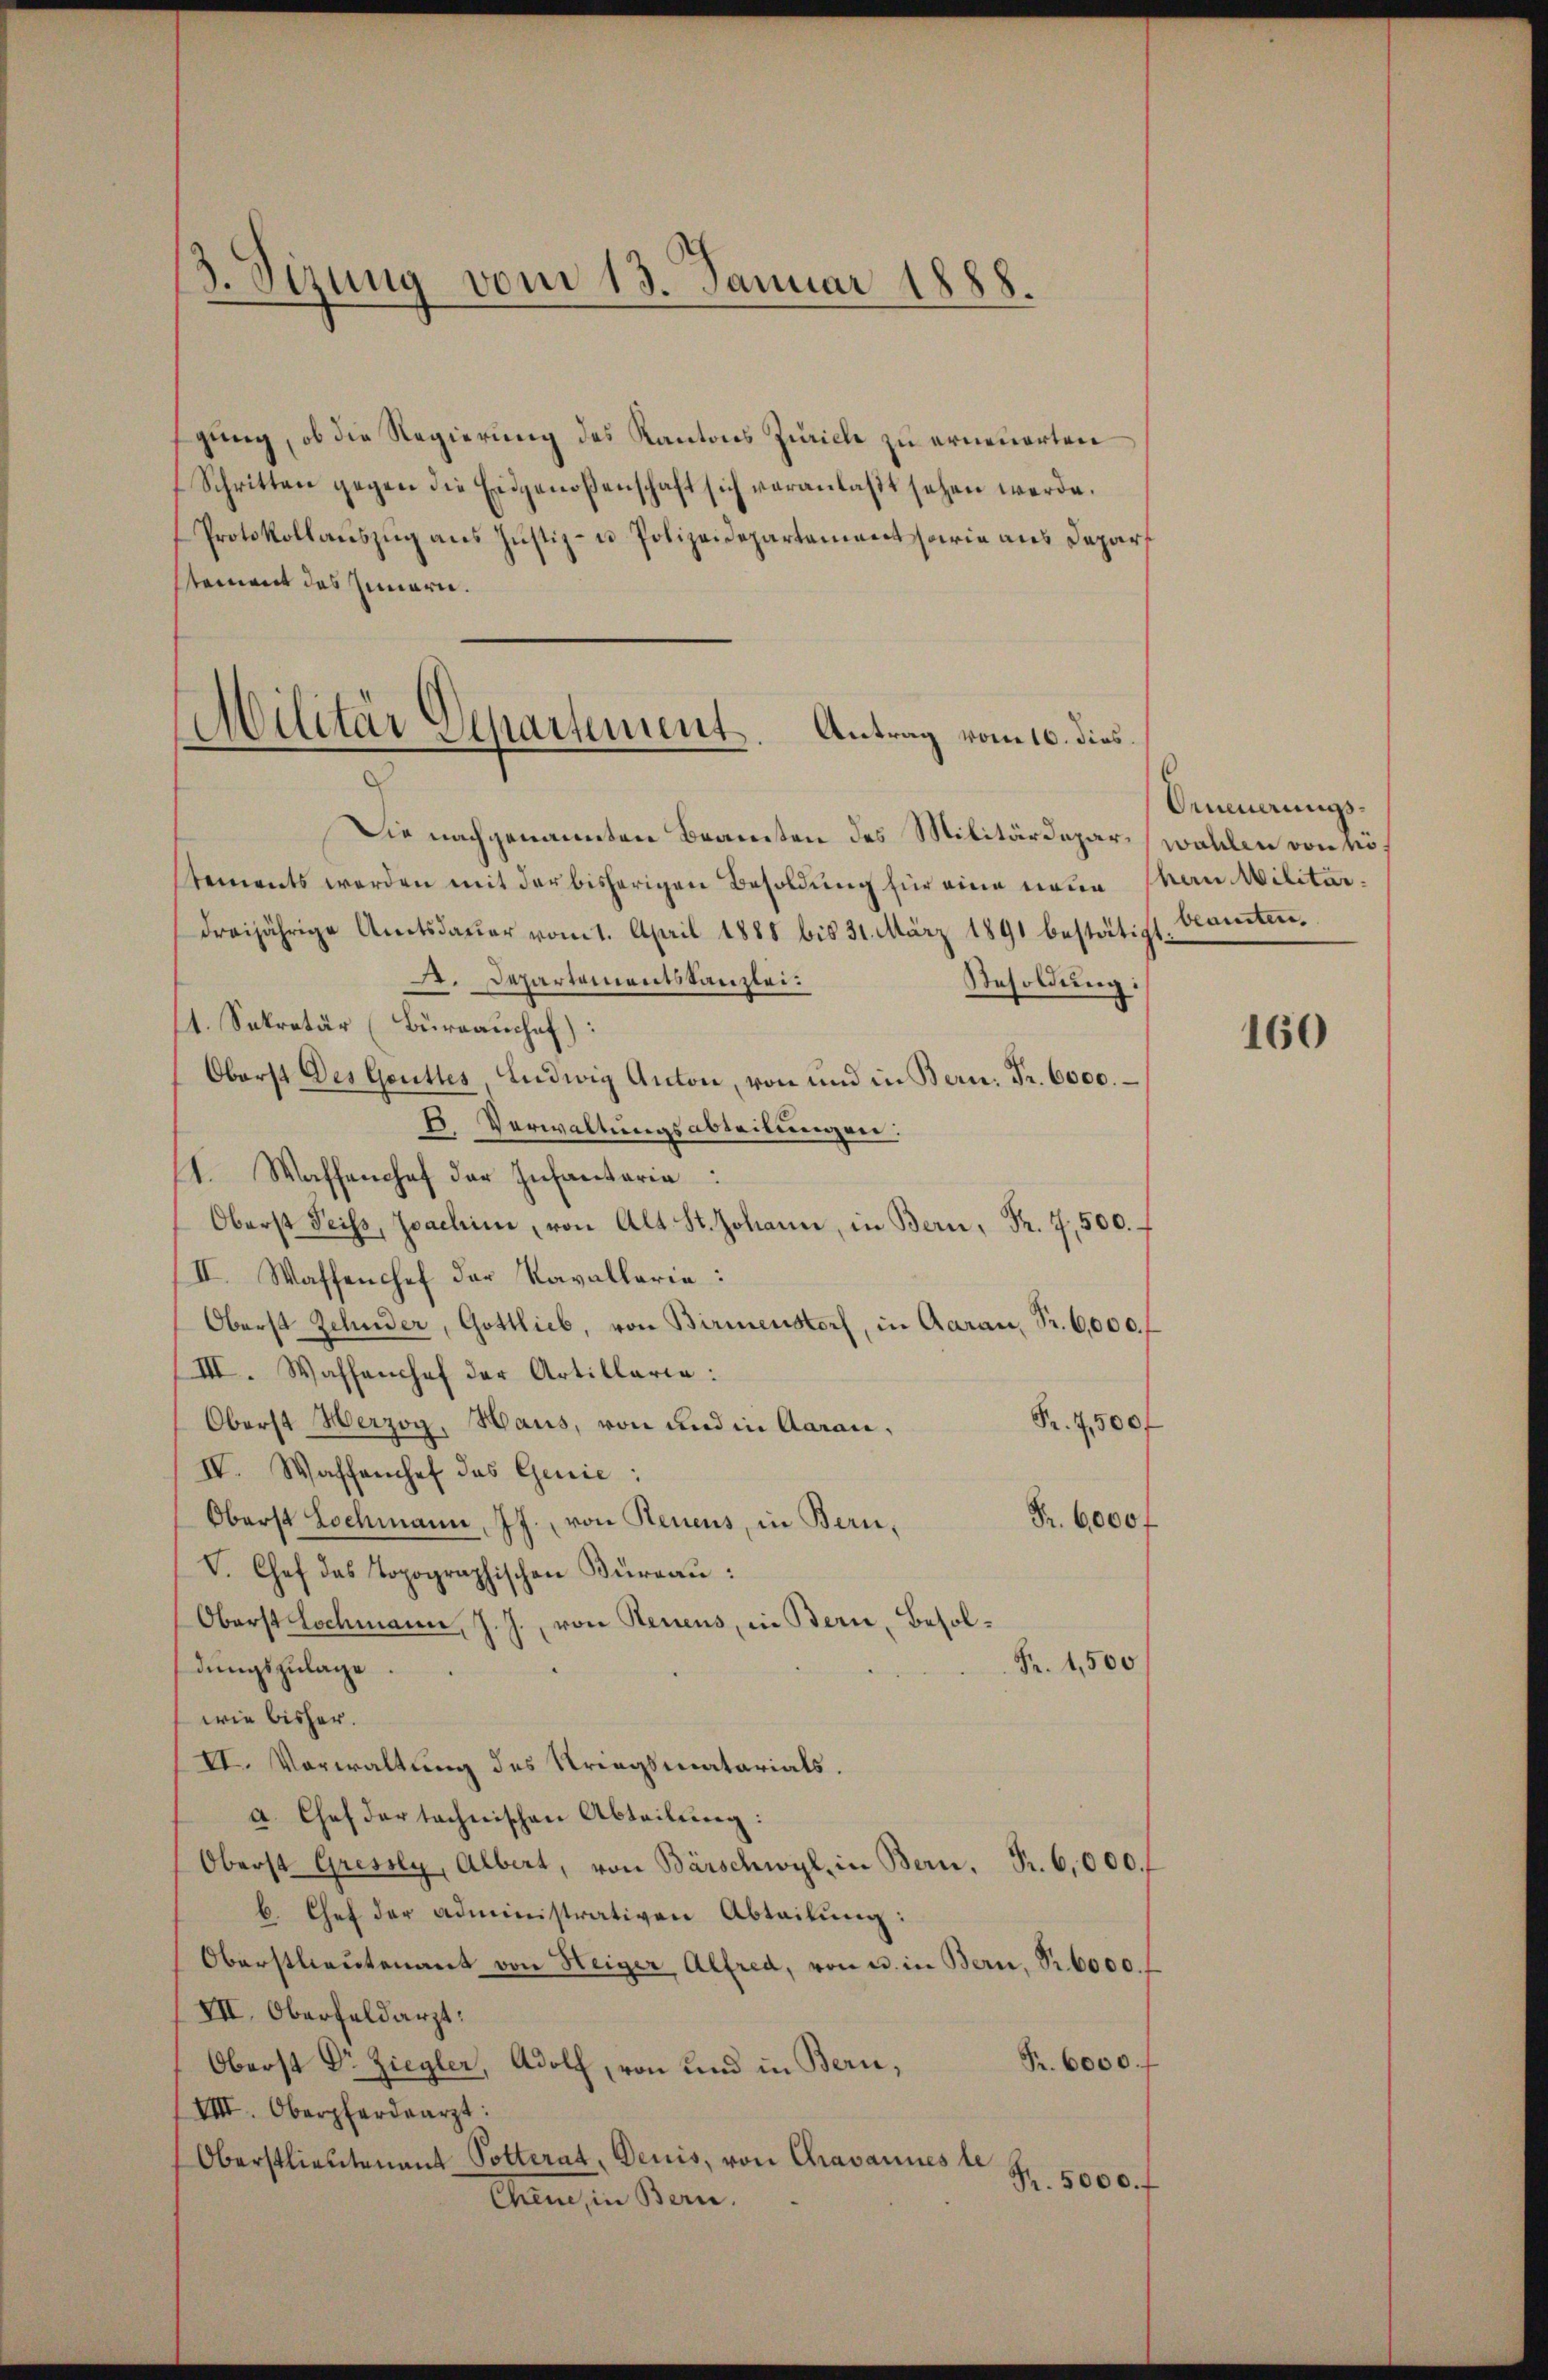
3. Sizung vom 13. Januar 1888.

gung, ob die Regierung des Kantons Zürich zu erneuerten
Schritten gegen die Eidgenoßenschaft sich veranlaßt sehen werde.
Protokollauszug aus Justiz- u Polizeidepartement sowie aus Depar
steinent des Innern.
Die nachgenannten Beamten des Militärdepar, wählen von so
stements werden mit der bisherigen Besoldung für eine neue Man Militärdreijährige Amtsdaŭer vom 1. April 1888 bis 31. März 1891 bestätigt. Kanten.
A. Departementskanzlei:
Besoldung:
1. Sekretär (Büreauschef):
Oberst des Gottes, Ludwig Anton, von und in Bern. Fr. 6000.
B. Verwaltungsabteilungen:
1. Waffenchef der Infantaria
Oberst Seiss, Joachimi, von Alt St. Johann, in Bern, Fr. 7,500.
II. Waffenchef der Kavallaria:
Oberst Zehnder, Gottlieb, von Birmenstorf, in Aarau, Fr. 6,000. f
III. Wahhanshof der Artillaria:
Fr. 4 500f
Oberst Herzog, Haus, von und in Aarau,
IV. Waffenhef das Genie:
Fr. 6000 f
Oberst Lochmann, 7 J. von Renens, in Bern,
V. Chef das Topographischen Thurgau:
Oberst Lochmann, J. J., von Neuens, in Bern, Besol¬
Fr. 1,500
dungszulage
wie bisher.
VI. Vorwaltung des Kriegsmatarials.
a. Chef der technischen Abteilung:
Oberst Gressly, Albert, von Bärschwyl, in Bern. Fr. 6,000.
b. Chef der administrativen Abteilung:
Oberstlieutenant von Heiger Alfred, von u. in Bern, Sr. 6000. f
VII. Oberfeldarzt.
Oberst Dr. Ziegler, Adolf, von und in Bern, Fr. 6000. f
VIII. Oberpferdearzt:
Oberstlieutenant Potterat, Deuis, von Gravannes le
R. 5000. f
Chene, in Bern.

Militär Departement. Antrag vom 10. dies
.

Orneuerungs¬

160